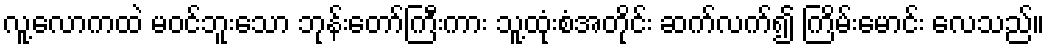
လူ့လောကထဲ မဝင်ဘူးသော ဘုန်းတော်ကြီးကား သူ့ထုံးစံအတိုင်း ဆက်လက်၍ ကြိမ်းမောင်း လေသည်။